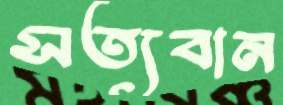
সত্যবান